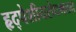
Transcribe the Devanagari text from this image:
हृद्‌पेशीयरोधगलन